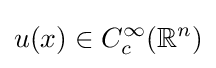
u(x)\in C_{c}^{\infty }(\mathbb {R} ^{n})